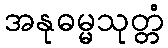
အနုဓမ္မသုတ္တံ